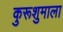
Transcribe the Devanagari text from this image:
कुरूशुमाला